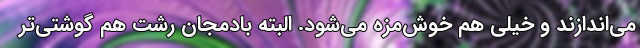
می‌اندازند و خیلی هم خوش‌مزه می‌شود. البته بادمجان رشت هم گوشتی‌تر